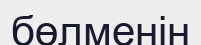
бөлменін